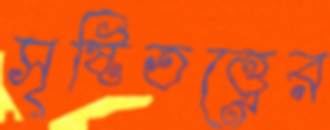
সৃষ্টিতত্ত্বের